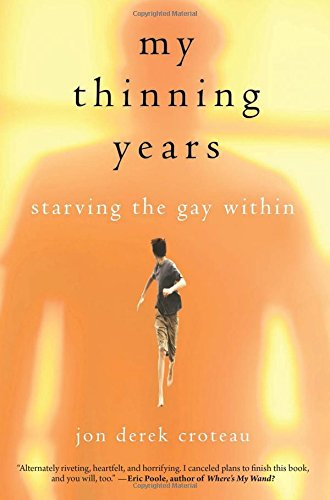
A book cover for My Thinning Years: Starving the Gay Within; Jon  Derek Croteau; Gay & Lesbian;